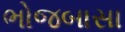
ભોજબાસા